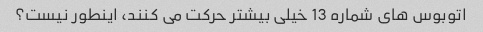
اتوبوس های شماره 13 خیلی بیشتر حرکت می کنند، اینطور نیست؟